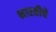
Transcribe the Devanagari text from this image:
भारतीचे